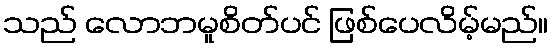
သည် လောဘမူစိတ်ပင် ဖြစ်ပေလိမ့်မည်။